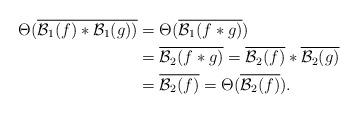
LaTeX: \begin{align*}\Theta(\overline{\mathcal{B}_1(f)\ast\mathcal{B}_1(g))}&=\Theta(\overline{\mathcal{B}_1(f\ast g)})\\&=\overline{\mathcal{B}_2(f\ast g)}=\overline{\mathcal{B}_2(f)}\ast\overline{\mathcal{B}_2(g)}\\&=\overline{\mathcal{B}_2(f)}=\Theta(\overline{\mathcal{B}_2(f)}).\end{align*}